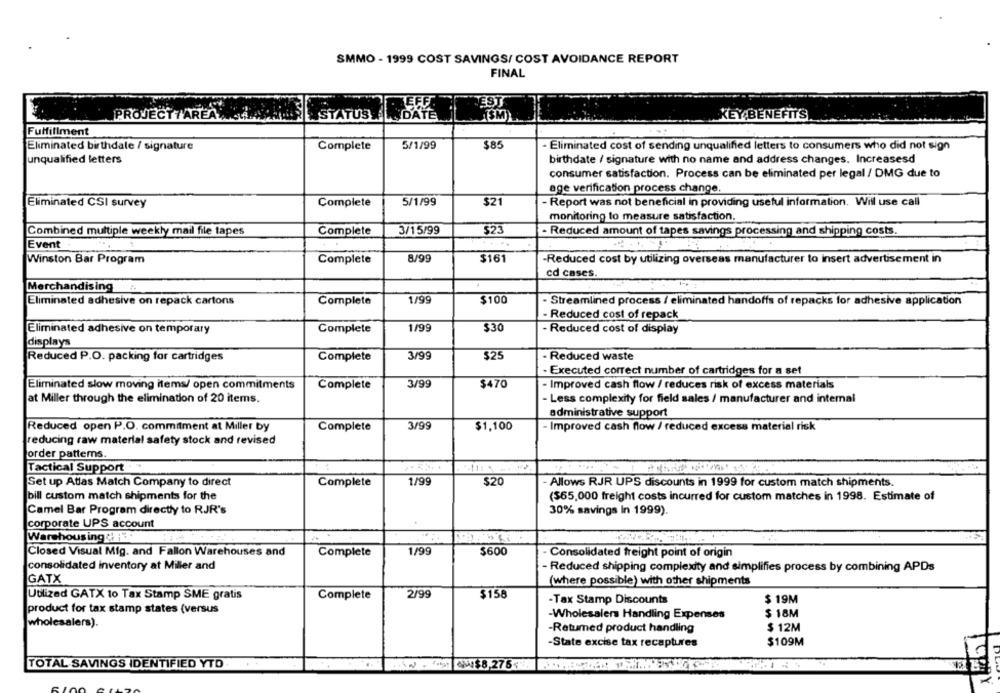
SMMO - 1999 COST SAVINGS/ COST AVOIDANCE REPORT
FINAL
EST
PROJECTTAREA
HSM
KEY BENEFITS
STATUS DATE
Fulfillment
Eliminated birthdate / signature
Complete
5/1/99
$85
- Eliminated cost of sending unqualified letters to consumers who did not sign
unqualified letters
birthdate / signature with no name and address changes. Increasesd
consumer satisfaction. Process can be eliminated per legal / DMG due to
age verification process change.
Eliminated CSI survey
Complete
5/1/99
$21
- Report was not beneficial in providing useful information. Will use call
monitoring to measure satisfaction.
Combined multiple weekly mail file tapes
Complete
3/15/99
$23
- Reduced amount of tapes savings processing and shipping costs.
....
Event
Winston Bar Program
Complete
8/99
$161
-Reduced cost by utilizing overseas manufacturer to insert advertisement in
cd cases.
Merchandising
Eliminated adhesive on repack cartons
Complete
1/99
$100
- Streamlined process / eliminated handoffs of repacks for adhesive application
- Reduced cost of repack
Eliminated adhesive on temporary
Complete
1/99
$30
- Reduced cost of display
displays
Reduced P.O. packing for cartridges
Complete
3/99
$25
- Reduced waste
Executed correct number of cartridges for a set
Eliminated slow moving items/ open commitments
Complete
3/99
$470
- Improved cash flow / reduces risk of excess materials
at Miller through the elimination of 20 items.
- Less complexity for field sales / manufacturer and internal
administrative support
Reduced open P.O. commitment at Miller by
Complete
3/99
$1,100
Improved cash flow / reduced excess material risk
reducing raw material safety stock and revised
order patterns.
Tactical Support
Set up Atlas Match Company to direct
Complete
1/99
$20
Allows RJR UPS discounts in 1999 for custom match shipments.
bill custom match shipments for the
($65,000 freight costs incurred for custom matches in 1998. Estimate of
Camel Bar Program directly to RJR's
30% savings in 1999).
corporate UPS account
Warshousing
Closed Visual Mig. and Fallon Warehouses and
Complete
1/99
$600
Consolidated freight point of origin
consolidated inventory at Miller and
- Reduced shipping complexity and simplifies process by combining APDs
GATX
(where possible) with other shipments
Utilized GATX to Tax Stamp SME gratis
2/99
$158
Complete
-Tax Stamp Discounts
$ 19M
product for tax stamp states (versus
-Wholesalers Handling Expenses
$ 18M
wholesalers).
-Retumed product handling
$ 12M
-State excise tax recaptures
$109M
TOTAL SAVINGS IDENTIFIED YTD
2 . 4.9: 24$8,275 ..